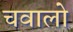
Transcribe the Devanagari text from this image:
चवालो